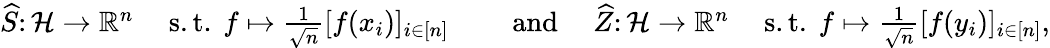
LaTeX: \begin{array}{rlr}{\widehat{S}\colon\mathcal{H}\to\mathbb R^{n}\quad\mathrm{~s.t.~}f\mapsto\frac{1}{\sqrt{n}}[f(x_{i})]_{i\in[n]}}&{\quad\mathrm{~and~}}&{\widehat{Z}\colon\mathcal{H}\to\mathbb R^{n}\quad\mathrm{~s.t.~}f\mapsto\frac{1}{\sqrt{n}}[f(y_{i})]_{i\in[n]},}\end{array}